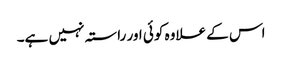
اس کے علاوہ کوئی اور راستہ نہیں ہے۔